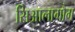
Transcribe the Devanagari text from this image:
सिआलागौग